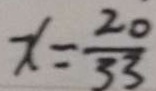
x = \frac { 2 0 } { 3 3 }